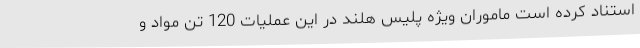
استناد کرده است ماموران ویژه پلیس هلند در این عملیات 120 تن مواد و